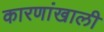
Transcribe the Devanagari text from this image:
कारणांखाली